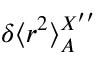
\delta \langle r ^ { 2 } \rangle _ { A } ^ { X ^ { \prime \prime } }